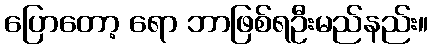
ပြောတော့ ရော ဘာဖြစ်ရဦးမည်နည်း။